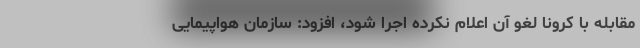
مقابله با کرونا لغو آن اعلام نکرده اجرا شود، افزود: سازمان هواپیمایی